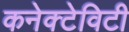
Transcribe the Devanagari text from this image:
कनेक्टेविटी